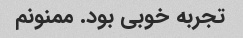
تجربه خوبی بود. ممنونم